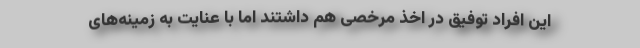
این افراد توفیق در اخذ مرخصی هم داشتند اما با عنایت به زمینه‌های